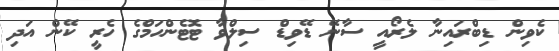
ކެވިން ޑިބްރައިނާ ލެރޯއީ ސާނޭ ޑޭވިޑް ސިލްވާ ޓޮޓެންހަމްގެ ހެރީ ކޭން އަދި